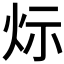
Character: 𤇋